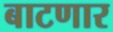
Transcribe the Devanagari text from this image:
बाटणार